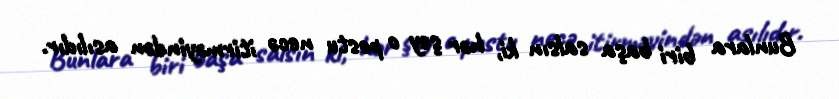
Bunlara biri başa salsın ki, hər şey o postu necə itirməyindən asılıdır.